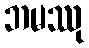
ဘမဿု